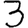
Digit: 3